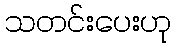
သတင်းပေးဟု